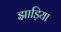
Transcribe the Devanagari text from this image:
झाड़िया